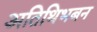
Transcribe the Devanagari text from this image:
अतिथिभबन